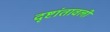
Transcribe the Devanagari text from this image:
दृष्टांतावली